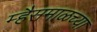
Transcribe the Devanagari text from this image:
म्हैसमाळच्या